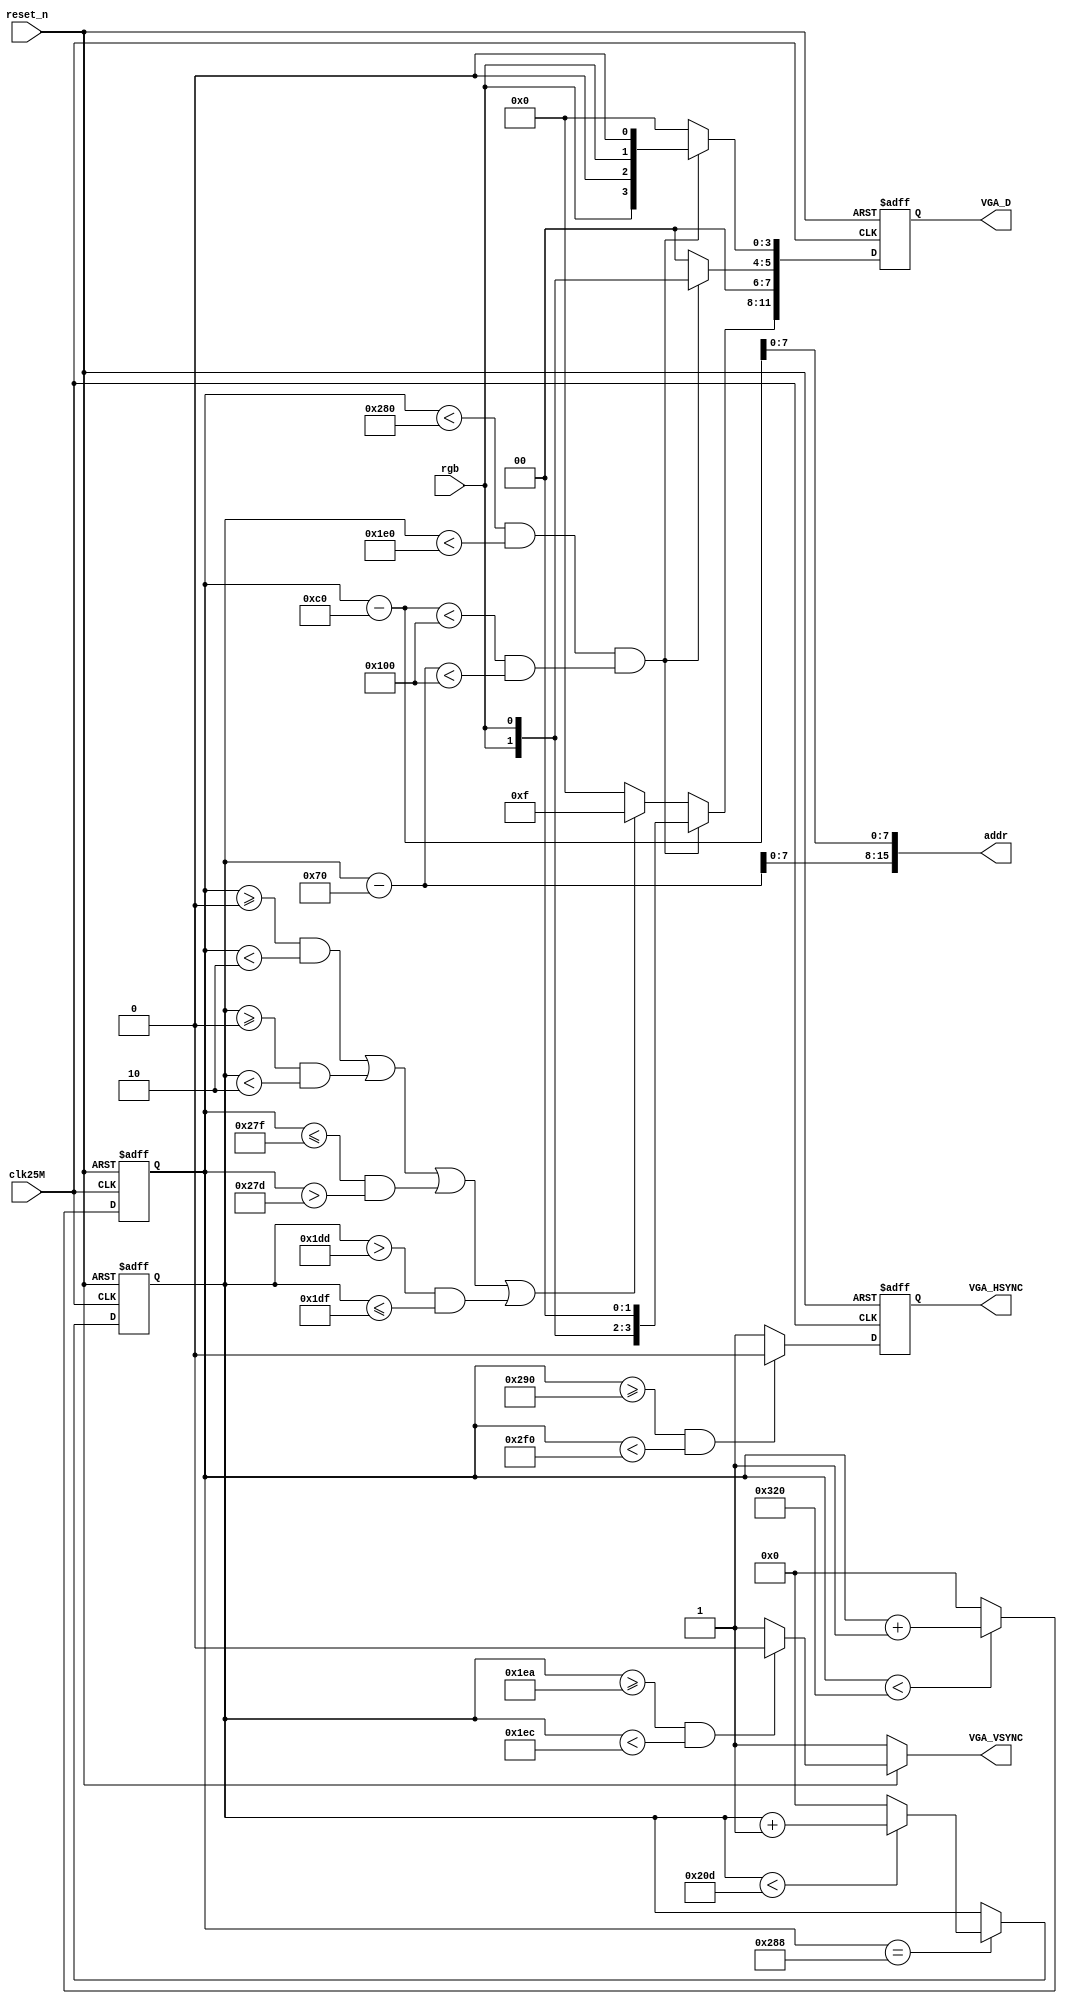
module vga_disp	
(
	input					clk25M,
	input				   reset_n,
	//input     [ 5:0]	rgb,
	input           	rgb,
	
	output		 	   VGA_HSYNC,
	output 		 	   VGA_VSYNC,
	output	 [15:0]	addr,
	
	output reg[11:0]  VGA_D
);		

reg				hs;
reg				vs;
reg	[9:0]		hcnt;
reg   [9:0] 	vcnt;	
	
wire [10:0] 	x;
wire [10:0] 	y;
wire 				dis_en;

	
assign VGA_VSYNC = vs;
assign VGA_HSYNC = hs;
assign addr = {y[7:0],x[7:0]};
assign x = hcnt-(640-256)/2;
assign y = vcnt-(480-256)/2;
assign dis_en = (x<256 && y<256);
			
always @(posedge clk25M or negedge reset_n) begin			//
	if(!reset_n)
		hcnt <= 0;
	else begin
		if (hcnt < 800)
				hcnt <= hcnt + 1'b1;
		else
				hcnt <= 0;
	end
end
			
always @(posedge clk25M or negedge reset_n) begin			//
	if(!reset_n)
		vcnt <= 0;
	else begin
		if (hcnt == 640 + 8) begin
			if (vcnt < 525)
				vcnt <= vcnt + 1'b1;
			else
				vcnt <= 0;
		end
	end
end
			
always @(posedge clk25M or negedge reset_n) begin			//
	if(!reset_n)
		hs	<=	1;
	else begin
		if((hcnt >=640+8+8) & (hcnt < 640+8+8+96))
			hs <= 1'b0;
		else
			hs <= 1'b1;
	end
end
			
always @(vcnt or reset_n) begin							//
	if(!reset_n)
		vs	<=	1;
	else begin
		if((vcnt >= 480+8+2) &&(vcnt < 480+8+2+2))
			vs	<=	1'b0;
		else
			vs	<=	1'b1;
	end
end
			
always @(posedge clk25M or negedge reset_n) begin
	if(!reset_n)
		VGA_D <= 0;
	else begin
		if (hcnt < 640 && vcnt < 480 && dis_en)	begin	//
			VGA_D[11:8] <= {rgb,rgb,1'b0,1'b0};
			VGA_D[7:4]  <= {1'b0,1'b0,rgb,rgb};
			VGA_D[3:0]  <= {rgb,1'b0,rgb,1'b0};
//			VGA_D[11:8] <= {rgb[1],rgb[1],rgb[0],rgb[0]};
//			VGA_D[7:4]  <= {rgb[3],rgb[3],rgb[2],rgb[2]};
//			VGA_D[3:0]  <= {rgb[5],rgb[5],rgb[4],rgb[4]};
		end
		else if((hcnt>=0 && hcnt<2) || (vcnt>=0 && vcnt<2) || (hcnt<=639 && hcnt>637) || (vcnt>477 && vcnt<=479))
			VGA_D <= 12'hf00;
		else
			VGA_D <= 0;

	end
end
				
endmodule